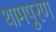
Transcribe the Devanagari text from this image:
थामपुरण